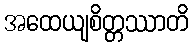
အထေယျစိတ္တဿာတိ